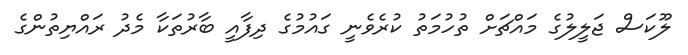
ލޫކަސް ޖަލީލުގެ މައްޗަށް ތުހުމަތު ކުރެވެނީ ގައުމުގެ ދިފާއީ ބާރުތަކާ މެދު ރައްޔިތުންގެ